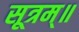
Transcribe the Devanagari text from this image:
सूत्रम्॥